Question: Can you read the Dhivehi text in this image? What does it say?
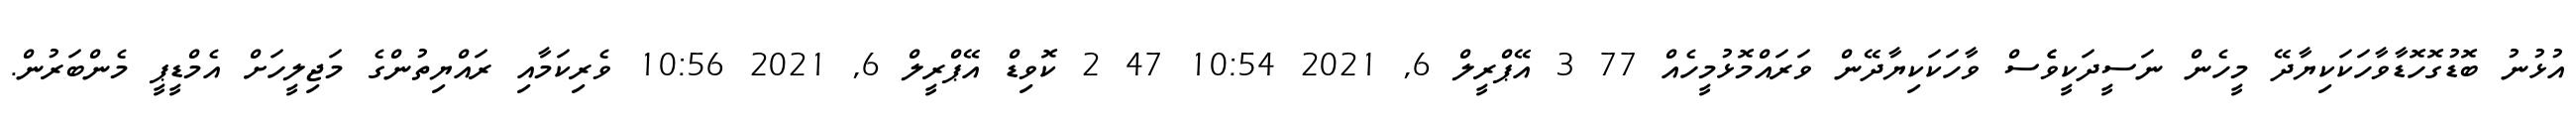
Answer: އުޅުނު ބޮޑުގޮހޮޑާވާހަކަކިޔާދޭ މީހެން ނަސީދަކީވެެސް ވާހަކަކިޔާދޭން ވަރައްމޮޅުމީހެއް 77 3 އޭޕްރީލް 6, 2021 10:54 47 2 ކޮވިޑް އޭޕްރީލް 6, 2021 10:56 ވެރިކަމާއި ރައްޔިތުންގެ މަޖިލީހަށް އެމްޑީޕީ މެންބަރުން.